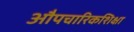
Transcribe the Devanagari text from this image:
औपचारिकशिक्षा